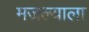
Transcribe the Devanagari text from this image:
मजल्याला